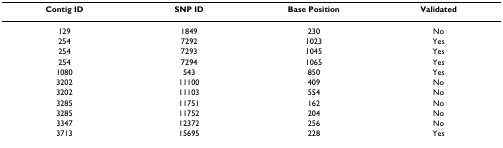
| Contig ID | SNP ID | Base Position | Validated |
 | --- | --- | --- | --- |
 | 129 | 1849 | 230 | No |
 | 254 | 7292 | 1023 | Yes |
 | 254 | 7293 | 1045 | Yes |
 | 254 | 7294 | 1065 | Yes |
 | 1080 | 543 | 850 | Yes |
 | 3202 | 11100 | 409 | No |
 | 3202 | 11103 | 554 | No |
 | 3285 | 11751 | 162 | No |
 | 3285 | 11752 | 204 | No |
 | 3347 | 12372 | 256 | No |
 | 3713 | 15695 | 228 | Yes |